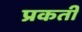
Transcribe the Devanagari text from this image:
प्रकती